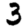
Digit: 3